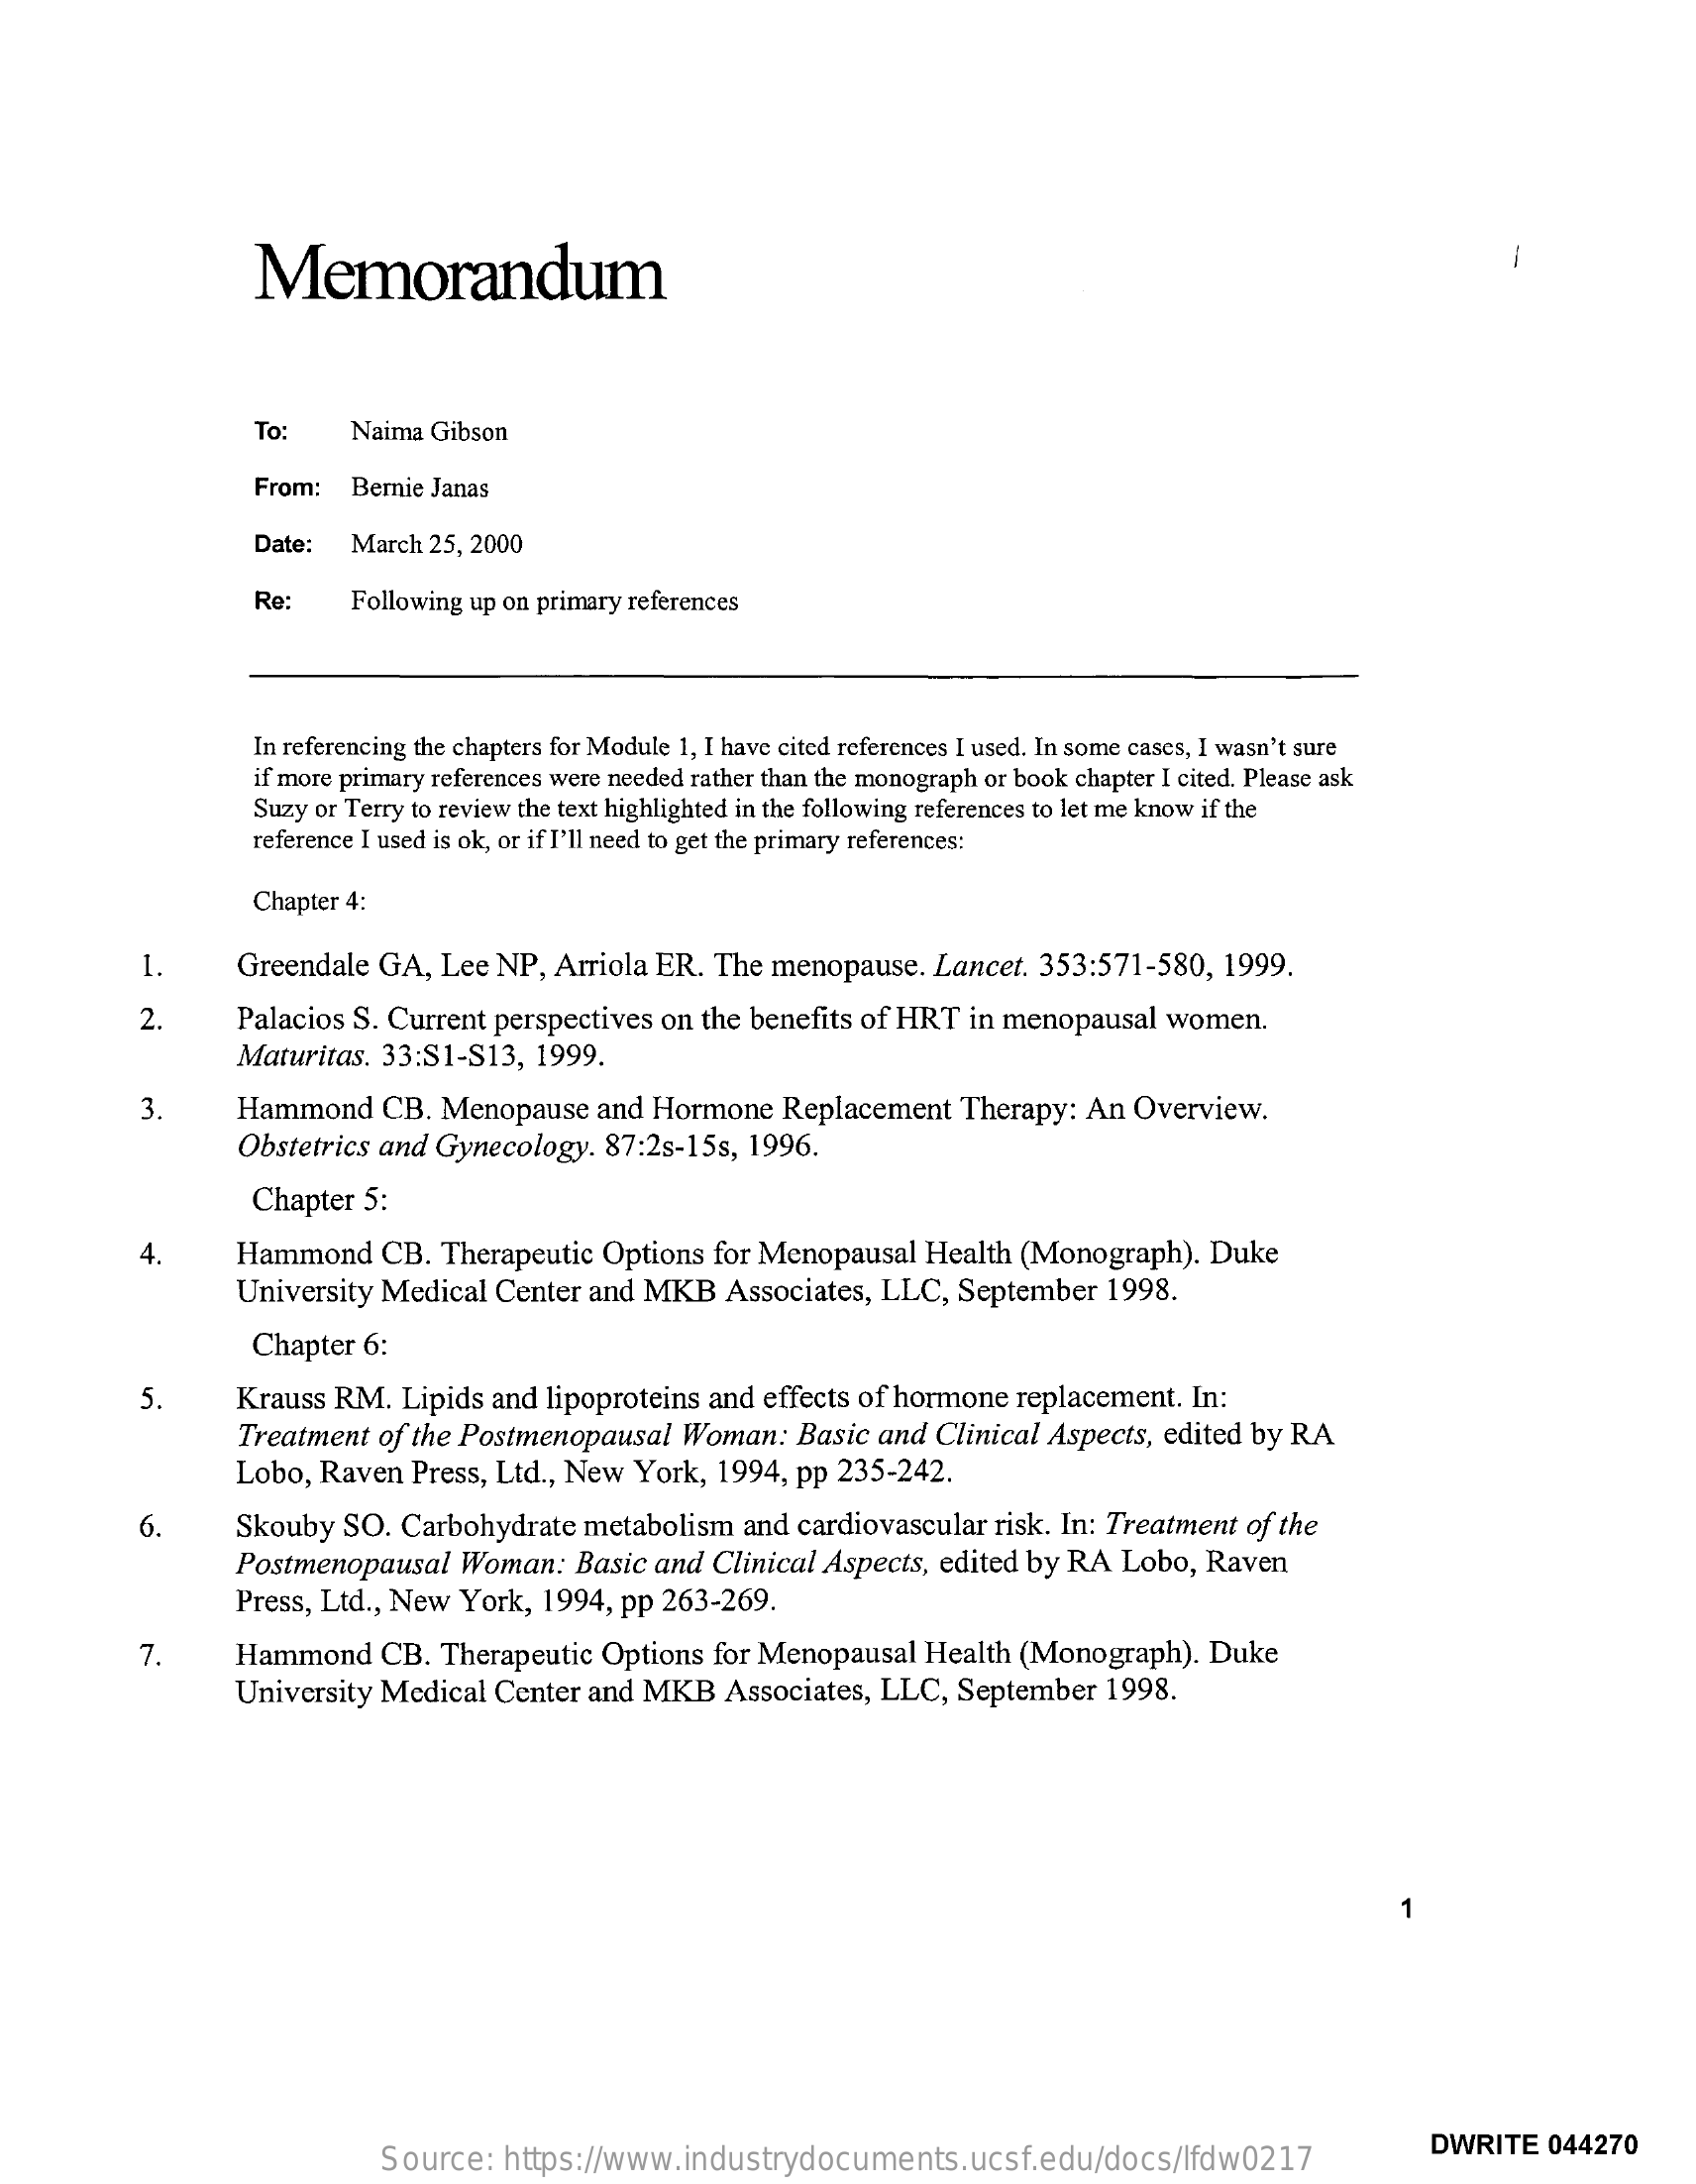
Memorandum
     To:    Naima Gibson
     From:  Bernie Janas
     Date:  March 25, 2000
     Re:    Following up on primary references
     In referencing the chapters for Module 1, I have cited references I used. In some cases, I wasn't sure
     if more primary references were needed rather than the monograph or book chapter I cited. Please ask
     Suzy or Terry to review the text highlighted in the following references to let me know if the
     reference I used is ok, or if I'll need to get the primary references:
     Chapter 4:
     1.    Greendale  GA,  Lee NP, Arriola ER. The  menopause.  Lancet. 353:571-580,  1999.
     2.    Palacios S. Current perspectives on the benefits of HRT in menopausal  women.
     Maturitas. 33:51-S13,  1999.
     3.    Hammond    CB.  Menopause  and  Hormone  Replacement   Therapy:  An Overview.
     Obstetrics and Gynecology. 87:2s-15s, 1996.
     Chapter  5:
     4.    Hammond    CB.  Therapeutic Options for Menopausal  Health  (Monograph).  Duke
     University Medical  Center and MKB   Associates, LLC,  September  1998.
     Chapter 6:
     5    Krauss RM.   Lipids and lipoproteins and effects of hormone replacement. In:
     Treatment  of the Postmenopausal  Woman:   Basic and Clinical Aspects, edited by RA
     Lobo, Raven  Press, Ltd ., New York, 1994, pp 235-242.
     6.    Skouby  SO. Carbohydrate  metabolism   and cardiovascular risk. In: Treatment of the
     Postmenopausal   Woman:   Basic and Clinical Aspects, edited by RA Lobo,  Raven
     Press, Ltd ., New York, 1994, pp 263-269.
     7.    Hammond    CB.  Therapeutic Options for Menopausal  Health (Monograph).   Duke
     University Medical  Center and MKB   Associates, LLC,  September  1998.
     Source:  https://www.industrydocuments.ucsf.edu/docs/lfdw0217
     DWRITE   044270